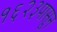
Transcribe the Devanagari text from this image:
१६२३पासून